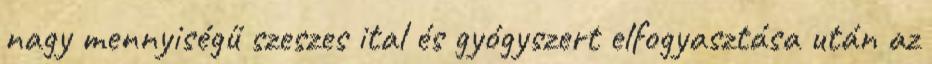
nagy mennyiségű szeszes ital és gyógyszert elfogyasztása után az